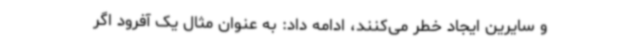
و سایرین ایجاد خطر می‌کنند، ادامه داد: به عنوان‌ مثال یک ‌آفرود اگر